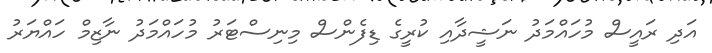
އަދި ރައީސް މުހައްމަދު ނަޝީދާއި ކުރީގެ ޑިފެންސް މިނިސްޓަރު މުހައްމަދު ނާޒިމް ހައްޔަރު